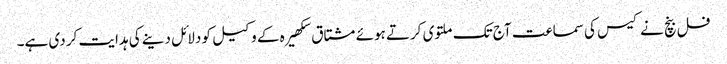
فل بنچ نے کیس کی سماعت آج تک ملتوی کرتے ہوئے مشتاق سکھیرہ کے وکیل کو دلائل دینے کی ہدایت کر دی ہے۔